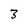
Character: 3